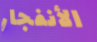
الأنفجار